Report on lock hospitals in British Burma
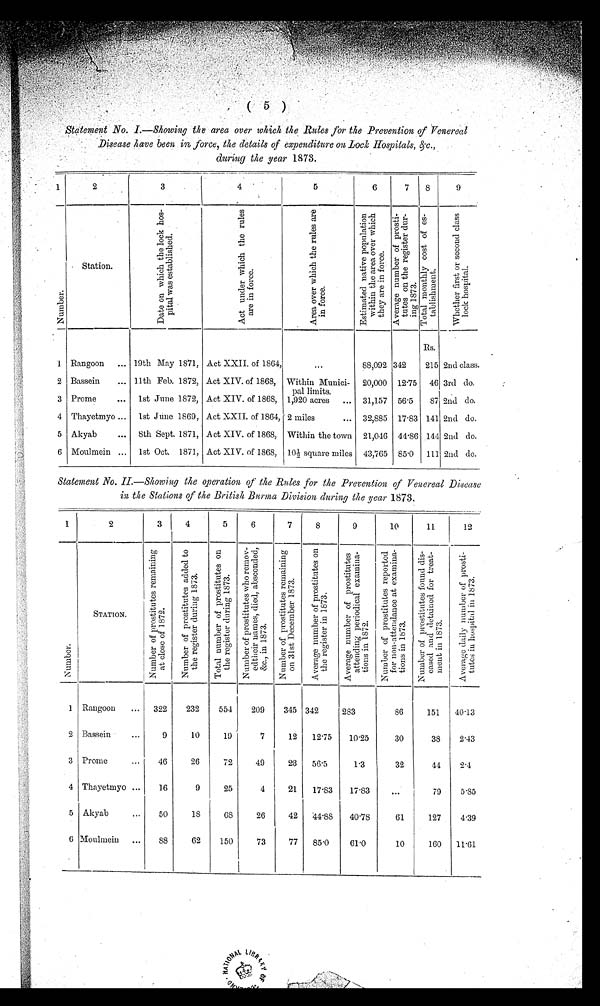
Statement No. I.—Showing the area over which the Rules for the Prevention of Venereal
Disease have been in force, the details of expenditure 0n Loch Hospitals, &.c.,
during the year 1873.
1
2
3
4
5
6
7
8
9
N u m b e r .
Station.
D a t e o n w h i c h t h e l o c k h o s -
p i t a l w a s e s t a b l i s h e d .
A c t u n d e r w h i c h t h e r u e l s
a r e i n f o r c e .
A r e a o v e r w h i c h t h e r u l e s a r e
i n f o r c e .
Es t amat ed nat i ve popul at i on
wi t h i n t he ar ea over whi ch
they are in force.
1
Ave r a ge numbe r of pr os t i -
t ut es on t he r eges t er dur -
ing 1873.
T o t a l m o n t h l y c o s t o f e s -
t a b l i s h me n t .
W h e t h e r f i r s t o r s e c o n d c l a s s
l o c k h o s p i t a l .
Rs.
1 Rangoon
... 19th May 1871, Act XXII. of 1864,
...
88,092 342
215 2nd class.
2 Bassein
... 11th Feb. 1872, Act XIV. of 1868, Within Munici-
pal limits.
1,920 acres
...
20,000
12 .75 46 3rd do.
3 Prome
... 1st June 1872, Act XIV. of 1868,
31,157 56 .5
87 2nd do.
4 Thayetmyo ... 1st June 1869, Act XXII. of 1864, 2 miles
... 32,885 17 . 83 141 2nd do.
5 Akyab
...
8th Sept. 1871, Act XIV. of 1868, Within the town 21,046 44 .86 144 2nd do.
6 Moulmein ... 1st Oct. 1871, Act XIV. of 1868, 10-½ square miles 43,765 85 .0 111 2nd do.
Statement No. II—Showing the operation of the Rules for the Prevention of Venereal Disease
in the Stations of the British Burma Division during the year 1873.
1
2
3
4
5
6
7
8
9
10
11
12
N u mb e r
STATION.
N u m b e r o f p r o s t i t u t e s r e m a i n i n g
a t c l o s e o f 1 8 7 2 .
N u m b e r o f p r o s t i t u t e s a d d e d t o
t h e r e g i s t e r d u r i n g 1 8 7 3 .
T o t a l n u m b e r o f p r o s t i t u t e s o n
t h e r e g i s t e r d u r i n g 1 8 7 3 .
N u mb e r o f p r o s t i t u t e s w h o r e mo v -
e d t h e i r n a m e , d i e d , a b s c o n d e d , & c . , i n 1 8 7 3 .
N u m b e r o f p r o s t i t u t e s r e m a i n i n g
o n 3 1 s t D e c e m b e r 1 8 7 3 .
A v e r a g e n u m b e r o f p r o s t i t u t e s o n
t h e r e g i s t e r i n 1 8 7 3 .
A v e r n u m b e r o f p r o s t i t u t e s o n
a t t e n d i n g p e r i d i c a l e x a m i n a -t
i o n s i n 1 8 7 2 .
Nu mb e r o f p r o s t i t u t e s r e p o r t e d
f o r n o n - a t t e n d a n c e a t e x a mi n a -
t i ons i n 1873.
N u m b e r o f p r o s t i t u t e s f o u n d d i s -
e a s e d a n d d e t a i n e d f o r t r e a t -
ment i n 1873.
A v e r a g e d a i l y n u m b e r o f p r o s t i t -
u t e s i n h o s p i t a l i n 1 8 7 3 .
1 Rangoon
...
322
232
554
209
345 342
2S3
86
151
40.13
2 Bassein ...
9
10
19
7
12
12.75
10.25
30
38
2.13
3 Prome
...
46
26
72
49
23
56.5
1.3
32
44
2.4
4 Thayetmyo ...
16
9
25
4
21
17.83
17.83
...
79
5.85
5 Akyab
...
50
18
68
26
42
44.88
40.78
61
127
4.39
6 Moulmein
...
88
62
150
73
77
85.0
61.0
10
160
11.61